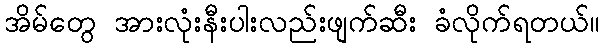
အိမ်တွေ အားလုံးနီးပါးလည်းဖျက်ဆီး ခံလိုက်ရတယ်။